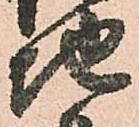
地